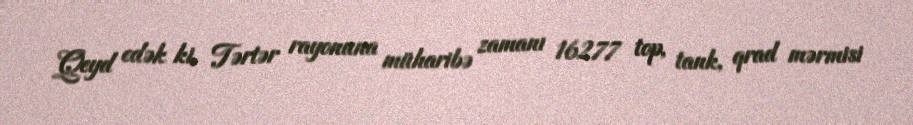
Qeyd edək ki, Tərtər rayonuna müharibə zamanı 16277 top, tank, qrad mərmisi